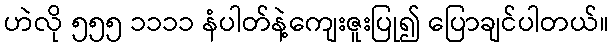
ဟဲလို ၅၅၅ ၁၁၁၁ နံပါတ်နဲ့ကျေးဇူးပြု၍ ပြောချင်ပါတယ်။